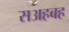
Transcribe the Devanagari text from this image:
सअहबह